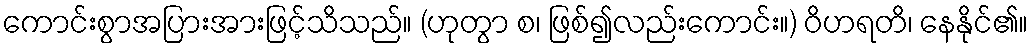
ကောင်းစွာအပြားအားဖြင့်သိသည်။ (ဟုတွာ စ၊ ဖြစ်၍လည်းကောင်း။) ဝိဟရတိ၊ နေနိုင်၏။